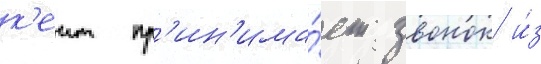
к'еит пр'ин'има́ет звонок и́з